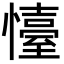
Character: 懛